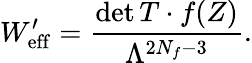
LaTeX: W_{\mathrm{eff}}^{\prime}=\frac{\operatorname*{det}T\cdot f(Z)}{\Lambda^{2N_{f}-3}}.